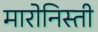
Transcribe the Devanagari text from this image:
मारोनिस्ती